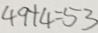
4 9 + 4 = 5 3